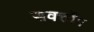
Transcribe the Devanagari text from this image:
सवर्त्तोम